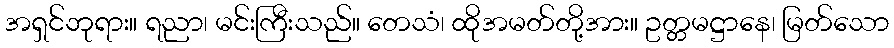
အရှင်ဘုရား။ ရညာ၊ မင်းကြီးသည်။ တေသံ၊ ထိုအမတ်တို့အား။ ဥတ္တမဋ္ဌာနေ၊ မြတ်သော